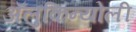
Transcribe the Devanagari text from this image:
ॲलुकिन्योली